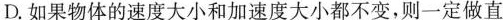
D.如果物体的速度大小和加速度大小都不变，则一定做直